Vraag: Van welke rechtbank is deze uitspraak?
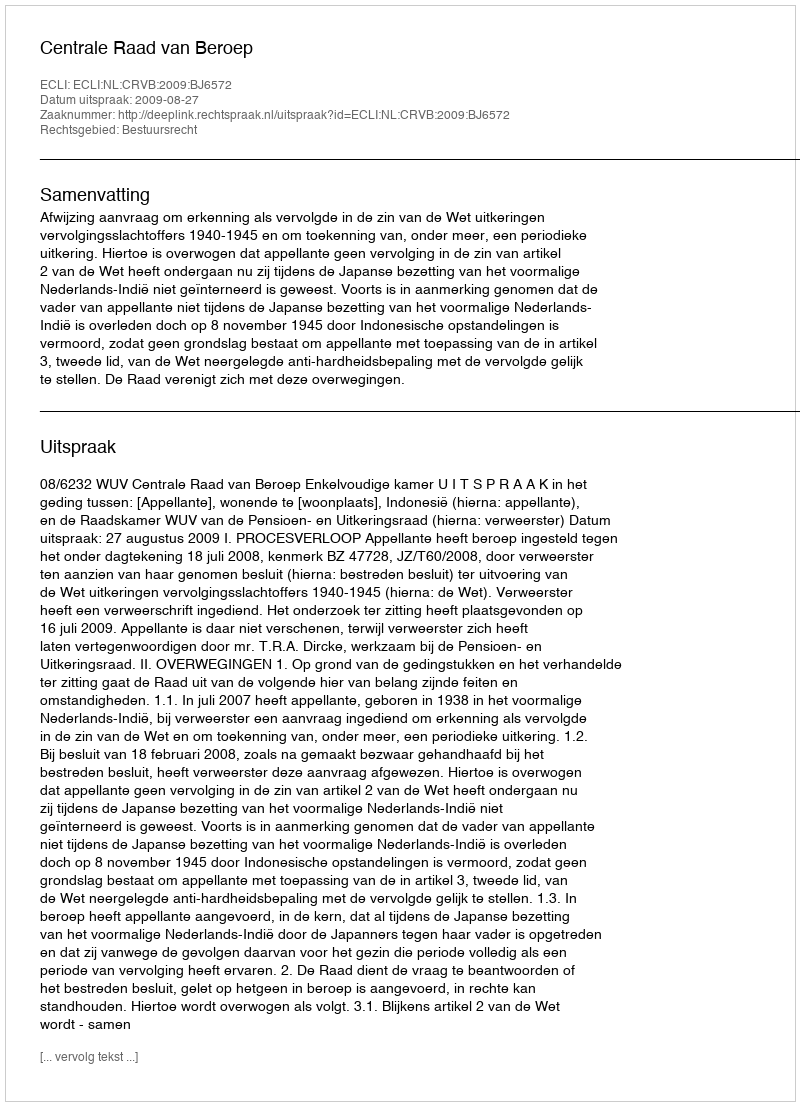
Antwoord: Centrale Raad van Beroep